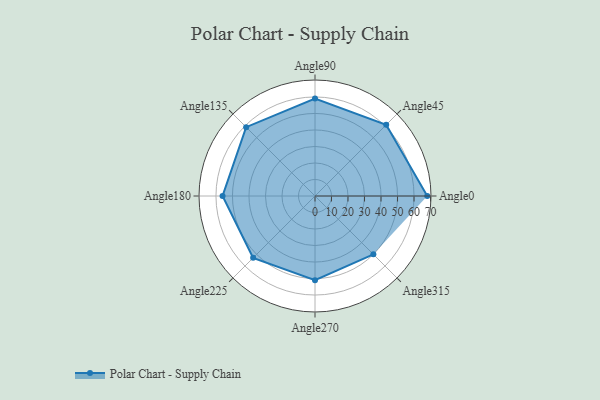
{"axis": {"x": "Angle", "y": "Radius"}, "legend": [""], "data": [{"x": "Angle0", "y": 68.0, "type": ""}, {"x": "Angle45", "y": 61.0, "type": ""}, {"x": "Angle90", "y": 59.0, "type": ""}, {"x": "Angle135", "y": 59.0, "type": ""}, {"x": "Angle180", "y": 56.0, "type": ""}, {"x": "Angle225", "y": 53.0, "type": ""}, {"x": "Angle270", "y": 51.0, "type": ""}, {"x": "Angle315", "y": 50, "type": ""}]}